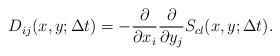
LaTeX: \begin{align*}D_{ij}(x,y;\Delta t)=- \frac{ \partial }{ \partial x_i}\frac{ \partial }{ \partial y_j} S_{cl}(x,y; \Delta t ).\end{align*}